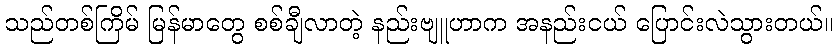
သည်တစ်ကြိမ် မြန်မာတွေ စစ်ချီလာတဲ့ နည်းဗျူဟာက အနည်းငယ် ပြောင်းလဲသွားတယ်။